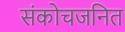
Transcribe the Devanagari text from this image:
संकोचजनित